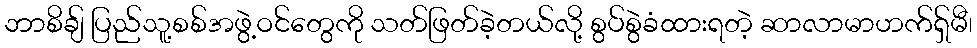
ဘာစိချ် ပြည်သူ့စစ်အဖွဲ့ဝင်တွေကို သတ်ဖြတ်ခဲ့တယ်လို့ စွပ်စွဲခံထားရတဲ့ ဆာလာမာဟက်ရှ်မီ၊